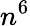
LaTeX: n^{6}